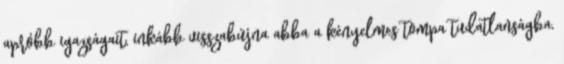
apróbb igazságait, inkább visszabújna abba a kényelmes tompa tudatlanságba,